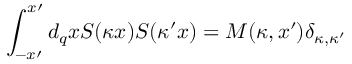
\int _ { - x \prime } ^ { x \prime } d _ { q } x S ( \kappa x ) S ( \kappa ^ { \prime } x ) = M ( \kappa , x \prime ) \delta _ { \kappa , \kappa ^ { \prime } }